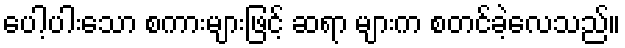
ပေါ့ပါးသော စကားများဖြင့် ဆရာ များက စတင်ခဲ့လေသည်။